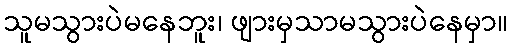
သူမသွားပဲမနေဘူး၊ ဖျားမှသာမသွားပဲနေမှာ။